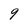
Character: 9